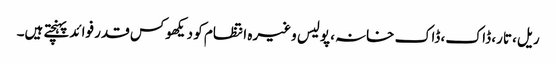
ریل، تار، ڈاک، ڈاک خانہ، پولیس وغیرہ انتظام کو دیکھوکس قدر فوائد پہنچتے ہیں۔